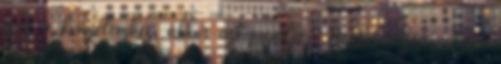
meg a kényelemhez, akkor azt mondja -Ne feleseljen nekem,